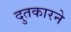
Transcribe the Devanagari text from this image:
दुतकारने